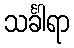
သင်္ခါရာ